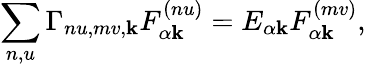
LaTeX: \sum_{n,u}\Gamma_{nu,mv,\mathbf{k}}F_{\alpha\mathbf{k}}^{(nu)}=E_{\alpha\mathbf{k}}F_{\alpha\mathbf{k}}^{(mv)},